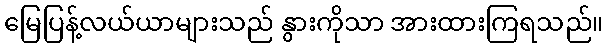
မြေပြန့်လယ်ယာများသည် နွားကိုသာ အားထားကြရသည်။